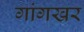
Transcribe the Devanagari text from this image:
गांगखर